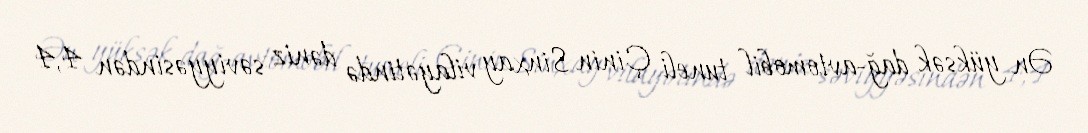
Ən yüksək dağ-avtomobil tuneli Çinin Sinxay vilayətində dəniz səviyyəsindən 4,4